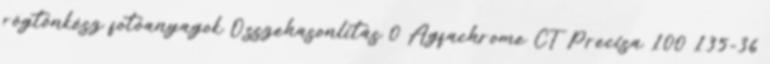
rögtönkész fotóanyagok Összehasonlítás 0 Agfachrome CT Precisa 100 135-36